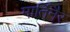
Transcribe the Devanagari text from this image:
मार्तिनैर